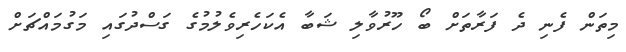
މިތަން ފެނި ދެ ފަރާތަށް ބޯ ހޫރުވާލި ޝަބާ އެކަހެރިވެލުމުގެ ގަސްދުގައި މަގުމައްޗަށް